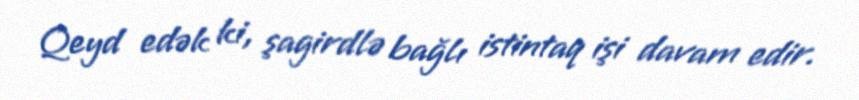
Qeyd edək ki, şagirdlə bağlı istintaq işi davam edir.